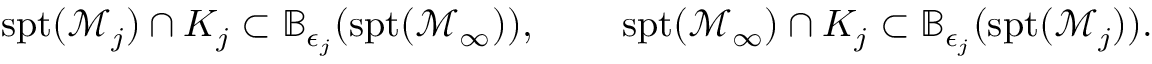
\begin{array} { r l r } { \mathrm { s p t } ( \mathcal { M } _ { j } ) \cap K _ { j } \subset \mathbb { B } _ { \epsilon _ { j } } ( \mathrm { s p t } ( \mathcal { M } _ { \infty } ) ) , } & { \ } & { \mathrm { s p t } ( \mathcal { M } _ { \infty } ) \cap K _ { j } \subset \mathbb { B } _ { \epsilon _ { j } } ( \mathrm { s p t } ( \mathcal { M } _ { j } ) ) . } \end{array}